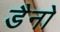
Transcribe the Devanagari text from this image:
डैनो